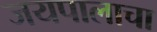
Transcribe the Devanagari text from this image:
जयपालाचा